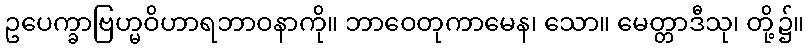
ဥပေက္ခာဗြဟ္မဝိဟာရဘာဝနာကို။ ဘာဝေတုကာမေန၊ သော။ မေတ္တာဒီသု၊ တို့၌။